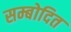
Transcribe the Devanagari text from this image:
सम्बोदित